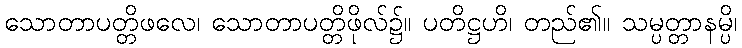
သောတာပတ္တိဖလေ၊ သောတာပတ္တိဖိုလ်၌။ ပတိဋ္ဌဟိ၊ တည်၏။ သမ္ပတ္တာနမ္ပိ၊